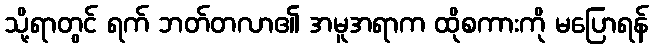
သို့ရာတွင် ရက် ဘတ်တလာ၏ အမူအရာက ထိုစကားကို မပြောရန်